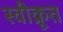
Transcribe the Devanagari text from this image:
स्वीक्रूत